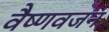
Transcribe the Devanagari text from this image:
वैष्णवजन